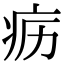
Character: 疬